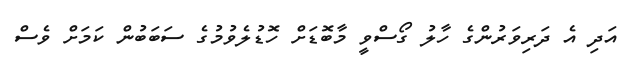
އަދި އެ ދަރިވަރުންގެ ހާލު ގޯސްވީ މާބޮޑަށް ހޮޑުލެވުމުގެ ސަބަބުން ކަމަށް ވެސް